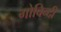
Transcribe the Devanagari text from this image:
गोविन्दी